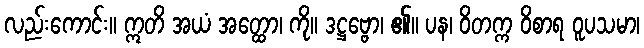
လည်းကောင်း။ ဣတိ အယံ အတ္ထော၊ ကို။ ဒဋ္ဌဗ္ဗော၊ ၏။ ပန၊ ဝိတက္က ဝိစာရ ဝူပသမာ၊